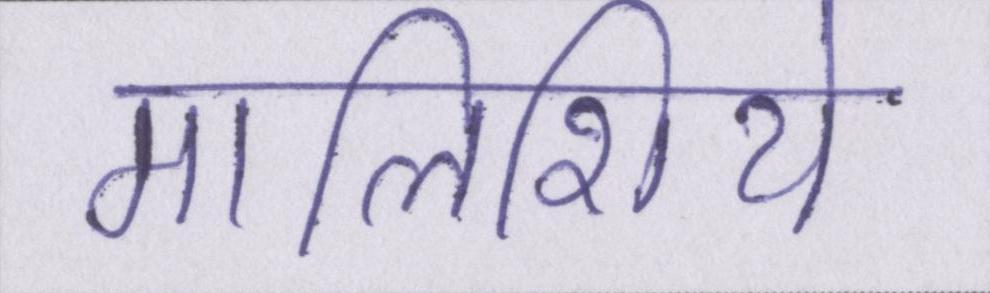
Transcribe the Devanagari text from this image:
मालिशिये